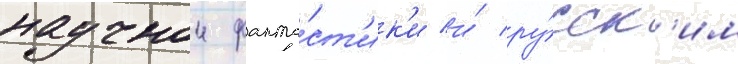
научнои фанта́ст'ик'и и́ ру́сск'им